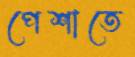
পেশাতে